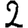
Digit: 2